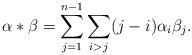
LaTeX: \begin{align*}\alpha \ast \beta=\sum^{n-1}_{j=1}\sum_{i>j}(j-i)\alpha_i\beta_j.\end{align*}